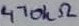
Text: 470kΩ